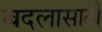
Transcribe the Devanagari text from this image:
बदलासाठी